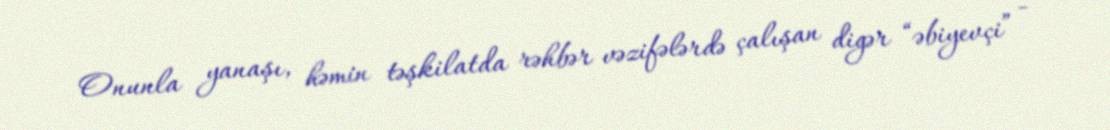
Onunla yanaşı, həmin təşkilatda rəhbər vəzifələrdə çalışan digər “əbiyevçi” -